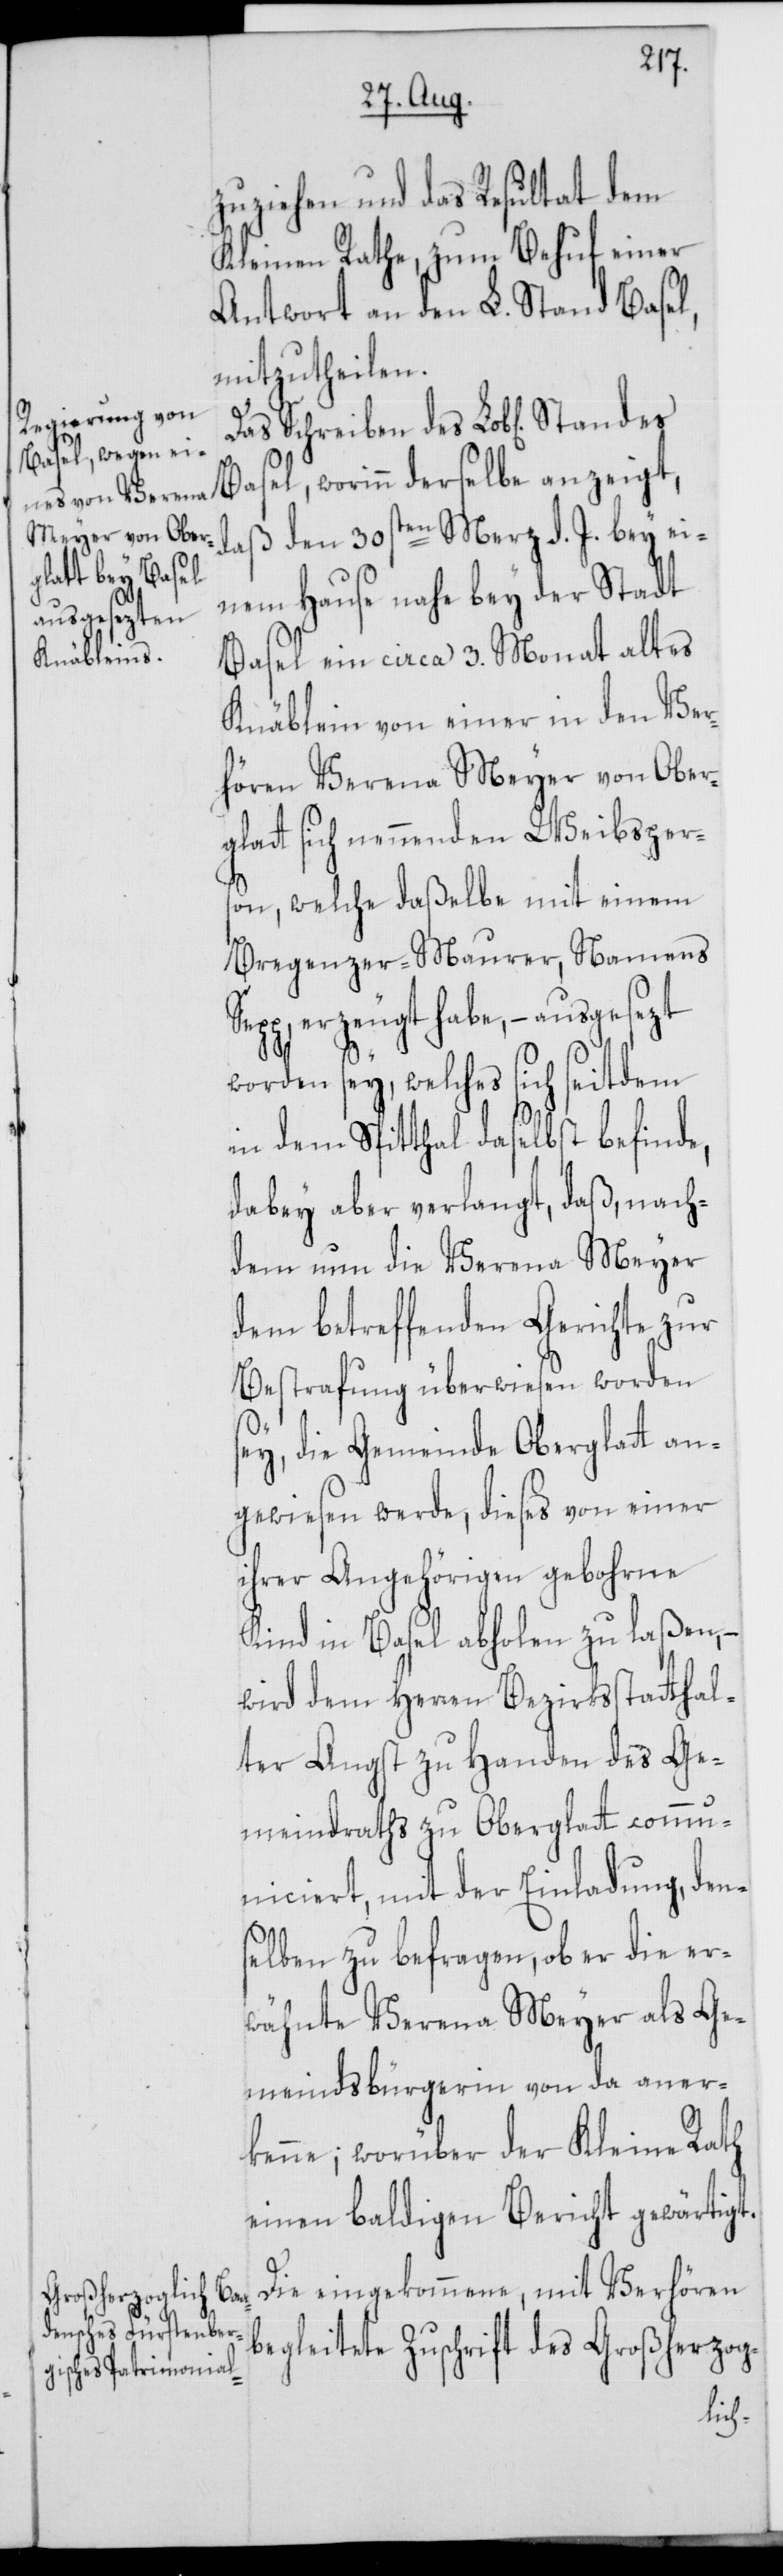
zuziehen und das Resultat dem
Kleinen Rathe, zum Behuf einer
Antwort an den L. Stand Basel,
mitzutheilen.
Basel, worinn derselbe anzeigt,
daß den 30sten Merz d. J. bey ei¬
nem Hause nahe bey der Stadt
Basel ein circa 3. Monat altes
Knäblein von einer in den Ver¬
hören Verena Meyer von Ober¬
glatt sich nennenden Weibsper¬
son, welche daßelbe mit einem
Bregenzer-Maurer, Namens
erzeugt habe, – ausgesezt
worden sey, welches sich seitdem
in dem Spitthal daselbst befinde,
dabey aber verlangt, daß, nach¬
dem nun die Verena Meyer
dem betreffenden Gerichte zur
Bestrafung überwiesen worden
sey, die Gemeinde Oberglatt an¬
gewiesen werde, dieses von einer
ihrer Angehörigen gebohrne
Kind in Basel abholen zu laßen, –
wird dem Herren Bezirksstatthal¬
ter Angst zu Handen des Ge¬
meindraths zu Oberglatt comm¬
uniciert, mit der Einladung, den¬
selben zu befragen, ob er die er¬
wähnte Verena Meyer als Ge¬
meindsbürgerin von da aner¬
kenne; worüber der Kleine Rath
einen baldigen Bericht gewärtigt.
Die eingekommene, mit Verhören
begleitete Zuschrift des Großherzog-